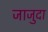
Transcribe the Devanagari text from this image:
जाजुदा